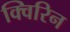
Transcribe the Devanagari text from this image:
क्विरिन